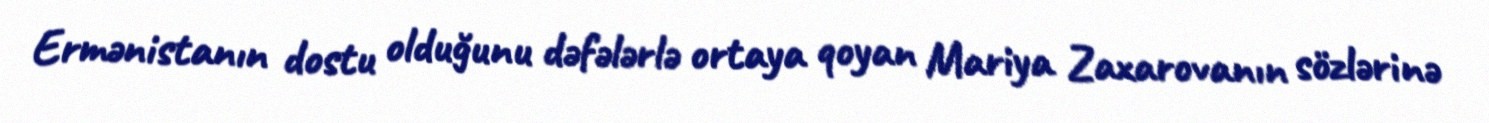
Ermənistanın dostu olduğunu dəfələrlə ortaya qoyan Mariya Zaxarovanın sözlərinə